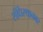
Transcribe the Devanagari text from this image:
संधिस्थानवर